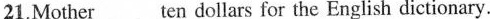
21.Mother___ten dollars for the English dictionary.